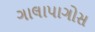
ગાલાપાગોસ